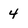
Character: 4